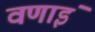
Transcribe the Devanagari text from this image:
वणाइं